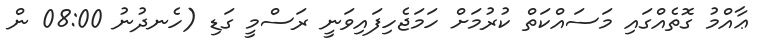
ޢާއްމު ގޮތެއްގައި މަސައްކަތް ކުރުމަށް ހަމަޖެހިފައިވަނީ ރަސްމީ ގަޑި (ހެނދުނު 08:00 ން